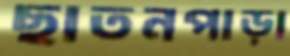
ছাতনপাড়া